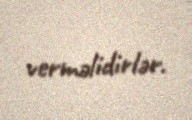
verməlidirlər.